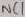
Text: NC1